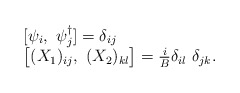
\begin{align*}\begin{array}{l}[ \psi_i,~ \psi_j^{\dag} ] = \delta _{ij} \\\bigl[ (X_1 ) _{ij},~ (X_2 ) _{kl} \bigr] = {i \over B} \delta _{il} ~\delta _{jk}.\end{array}\end{align*}